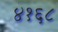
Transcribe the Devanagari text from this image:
४१६८